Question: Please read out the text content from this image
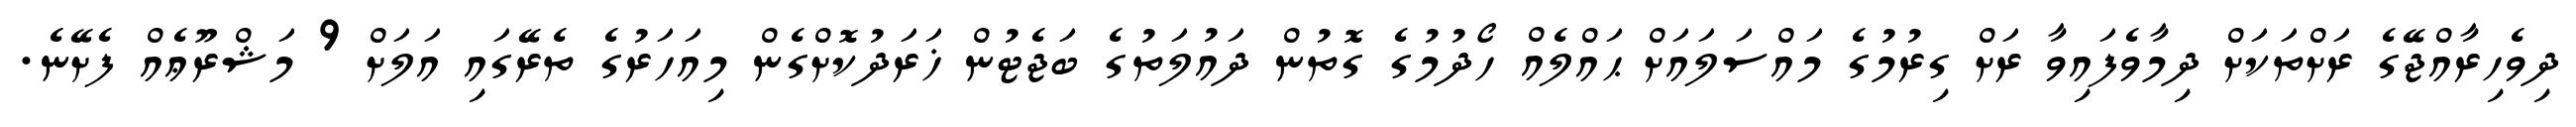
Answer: ދިވެހިރާއްޖޭގެ ރަށްތަކަށް ދިމާވެފައިވާ ރަށް ގިރުމުގެ މައްސަލައަށް ޙައްލެއް ހޯދުމުގެ ގޮތުން ދައުލަތުގެ ބަޖެޓުން ޚަރަދުކޮށްގެން މިއަހަރުގެ ތެރޭގައި އަލަށް 9 މަޝްރޫޢެއް ފެށޭނެ.